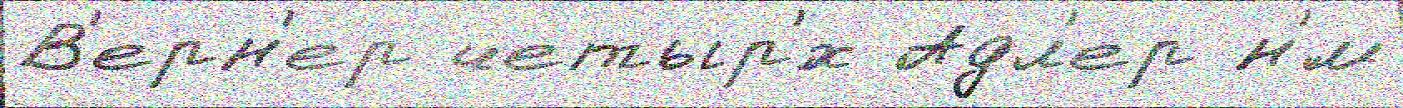
В'ерн'ер четыр'́х Адл'ер н'́м